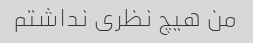
من هیچ نظری نداشتم